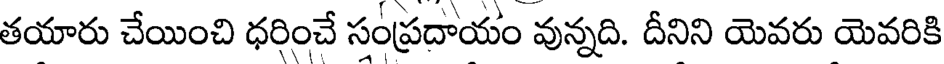
తయారు చేయించి ధరించే సంప్రదాయం వున్నది. దీనిని యెవరు యెవరికి